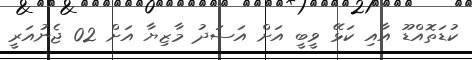
ކުޑަތޮއްޑޫ އާއި ކަޅޭ ވީބީ އަށް އަސަދު މާޒިޔާ އަށް 02 ޖެނުއަރީ